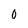
Character: 0